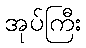
အုပ်ကြီး